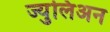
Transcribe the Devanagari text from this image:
ज्युलिअन